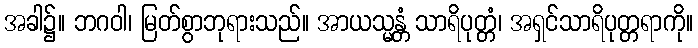
အခါ၌။ ဘဂဝါ၊ မြတ်စွာဘုရားသည်။ အာယသ္မန္တံ သာရိပုတ္တံ၊ အရှင်သာရိပုတ္တရာကို။